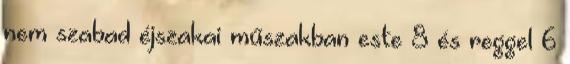
nem szabad éjszakai műszakban este 8 és reggel 6